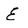
Character: E